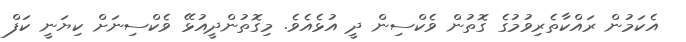
އެކަމުން ރައްކާތެރިވުމުގެ ގޮތުން ވެކްސިން ދީ އުޅެއެވެ. މިގޮތުންދީއުޅޭ ވެކްސިނަށް ކިޔަނީ ކަފް